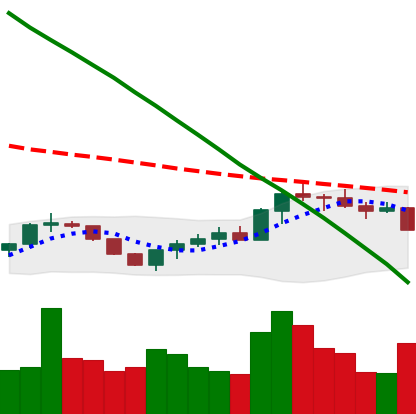
Ticker: BTC-USD
Chart end date: 2022-07-25
Forward return: 10.741%
Label: up_7plus